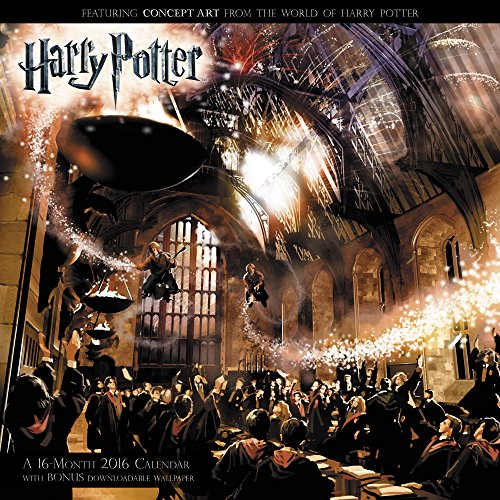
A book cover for Harry Potter Wall Calendar (2016); Day Dream; Calendars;